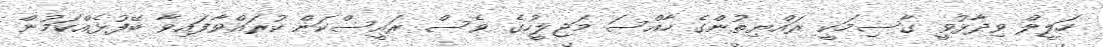
ހަލީލް ވިދާޅުވީ ގާސިމަކީ ރައްޔިތުންގެ ހާއްސަ މަޖިލީހުގެ ވެސް ރައީސްކަން ކުރައްވާފައިވާ ބޭފުޅެއްކަމުން